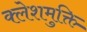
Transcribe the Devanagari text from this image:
क्लेशमुक्ति